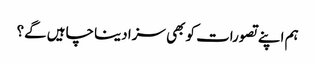
ہم اپنے تصورات کو بھی سزا دینا چاہیں گے؟